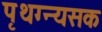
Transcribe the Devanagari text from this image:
पृथग्न्यसक